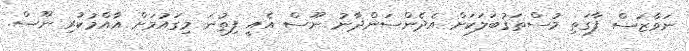
ނަވާޒަސް ފާގަތި މުސްތަގުބަލަކަށް އެދެންސަންދާނު ނޫސް އެއީ ފިތުނަ މިގައުމަށް އާއްމުކުރި ނޫސް.